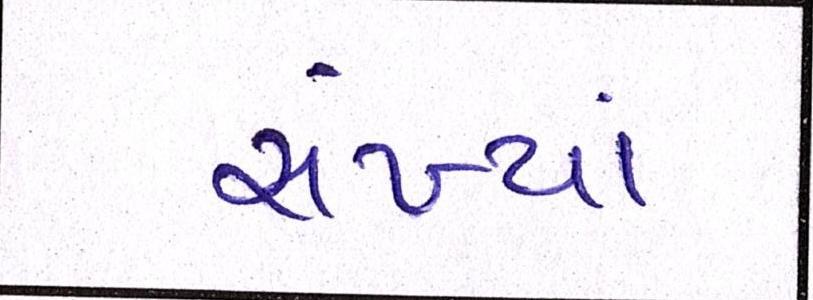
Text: સંખ્યાં